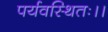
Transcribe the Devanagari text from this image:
पर्यवस्थितः।।